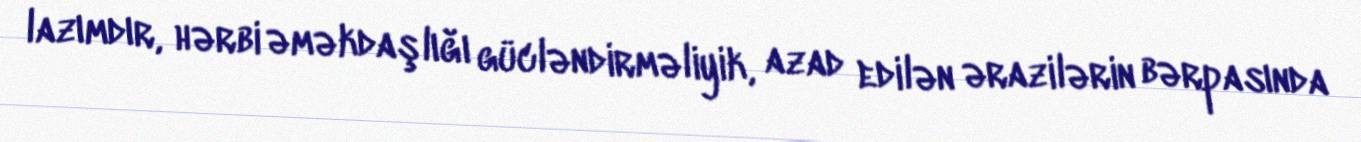
lazımdır, hərbi əməkdaşlığı gücləndirməliyik, azad edilən ərazilərin bərpasında